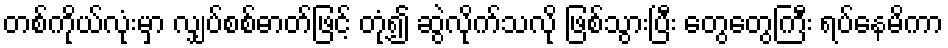
တစ်ကိုယ်လုံးမှာ လျှပ်စစ်ဓာတ်ဖြင့် တုံ့၍ ဆွဲလိုက်သလို ဖြစ်သွားပြီး တွေတွေကြီး ရပ်နေမိကာ